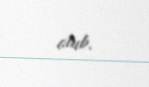
olub.